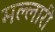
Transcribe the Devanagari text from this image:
मल्लारी